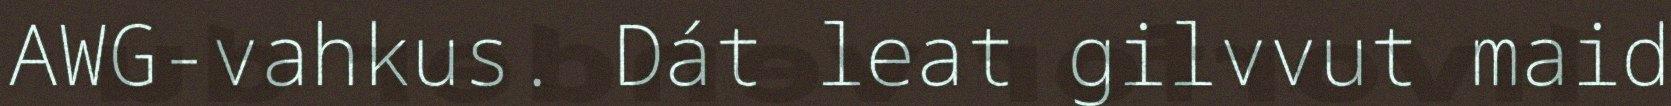
AWG-vahkus. Dát leat gilvvut maid